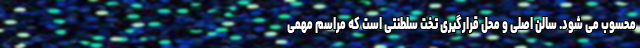
محسوب می شود. سالن اصلی و محل قرارگیری تخت سلطنتی است که مراسم مهمی